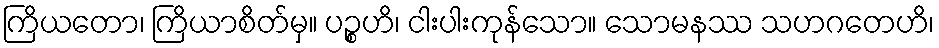
ကြိယတော၊ ကြိယာစိတ်မှ။ ပဉ္စဟိ၊ ငါးပါးကုန်သော။ သောမနဿ သဟဂတေဟိ၊